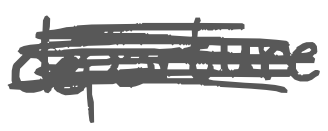
Text: departure
Cross-out: scratch
Writing tool: digital_gray